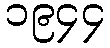
၁၉၄၄